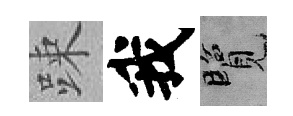
踈我覽